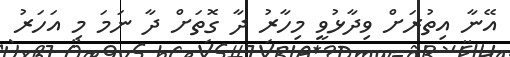
އޭނާ އިތުރަށް ވިދާޅުވީ މިހާރު ދާ ގޮތަށް ދާ ނަމަ މި އަހަރު